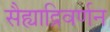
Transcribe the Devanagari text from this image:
सैह्याद्रिवर्णन